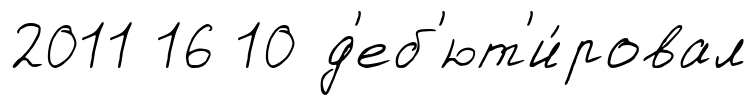
2011 16 10 д'еб'ют'и́ровал